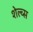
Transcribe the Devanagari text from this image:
शेल्व्स